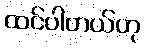
ထင်ပါတယ်ဟု